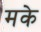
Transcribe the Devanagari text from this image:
मके